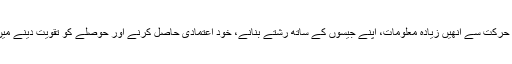
زیادہ نقل و حرکت سے انھیں زیادہ معلومات، اپنے جیسوں کے ساتھ رشتے بنانے، خود اعتمادی حاصل کرنے اور حوصلے کو تقویت دینے میں مدد ملتی۔